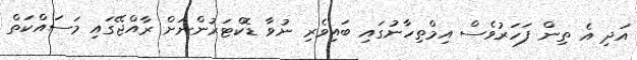
އަދި އެ ތިން ފަހަރުވެސް އިމްތިހާނުގައި ބައިވެރި ނުވާ ޑޮކްޓަރުންނަށް ރާއްޖޭގައި މަސައްކަތް